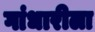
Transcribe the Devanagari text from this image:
गांधारीला